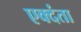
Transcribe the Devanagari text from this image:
एक्दंता